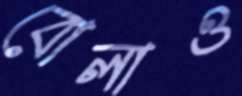
বোলাও